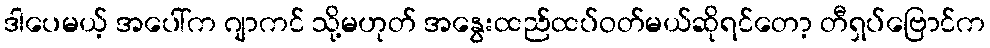
ဒါပေမယ့် အပေါ်က ဂျာကင် သို့မဟုတ် အနွေးထည်ထပ်ဝတ်မယ်ဆိုရင်တော့ တီရှပ်ဗြောင်က